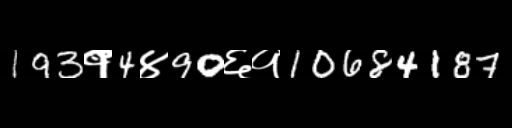
Text: 193१4४90६१10684187